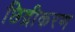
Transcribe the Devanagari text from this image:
छिद्रीकरण